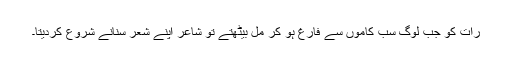
رات کو جب لوگ سب کاموں سے فارغ ہو کر مل بیٹھتے تو شاعر اپنے شعر سنانے شروع کردیتا۔